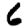
Digit: 6